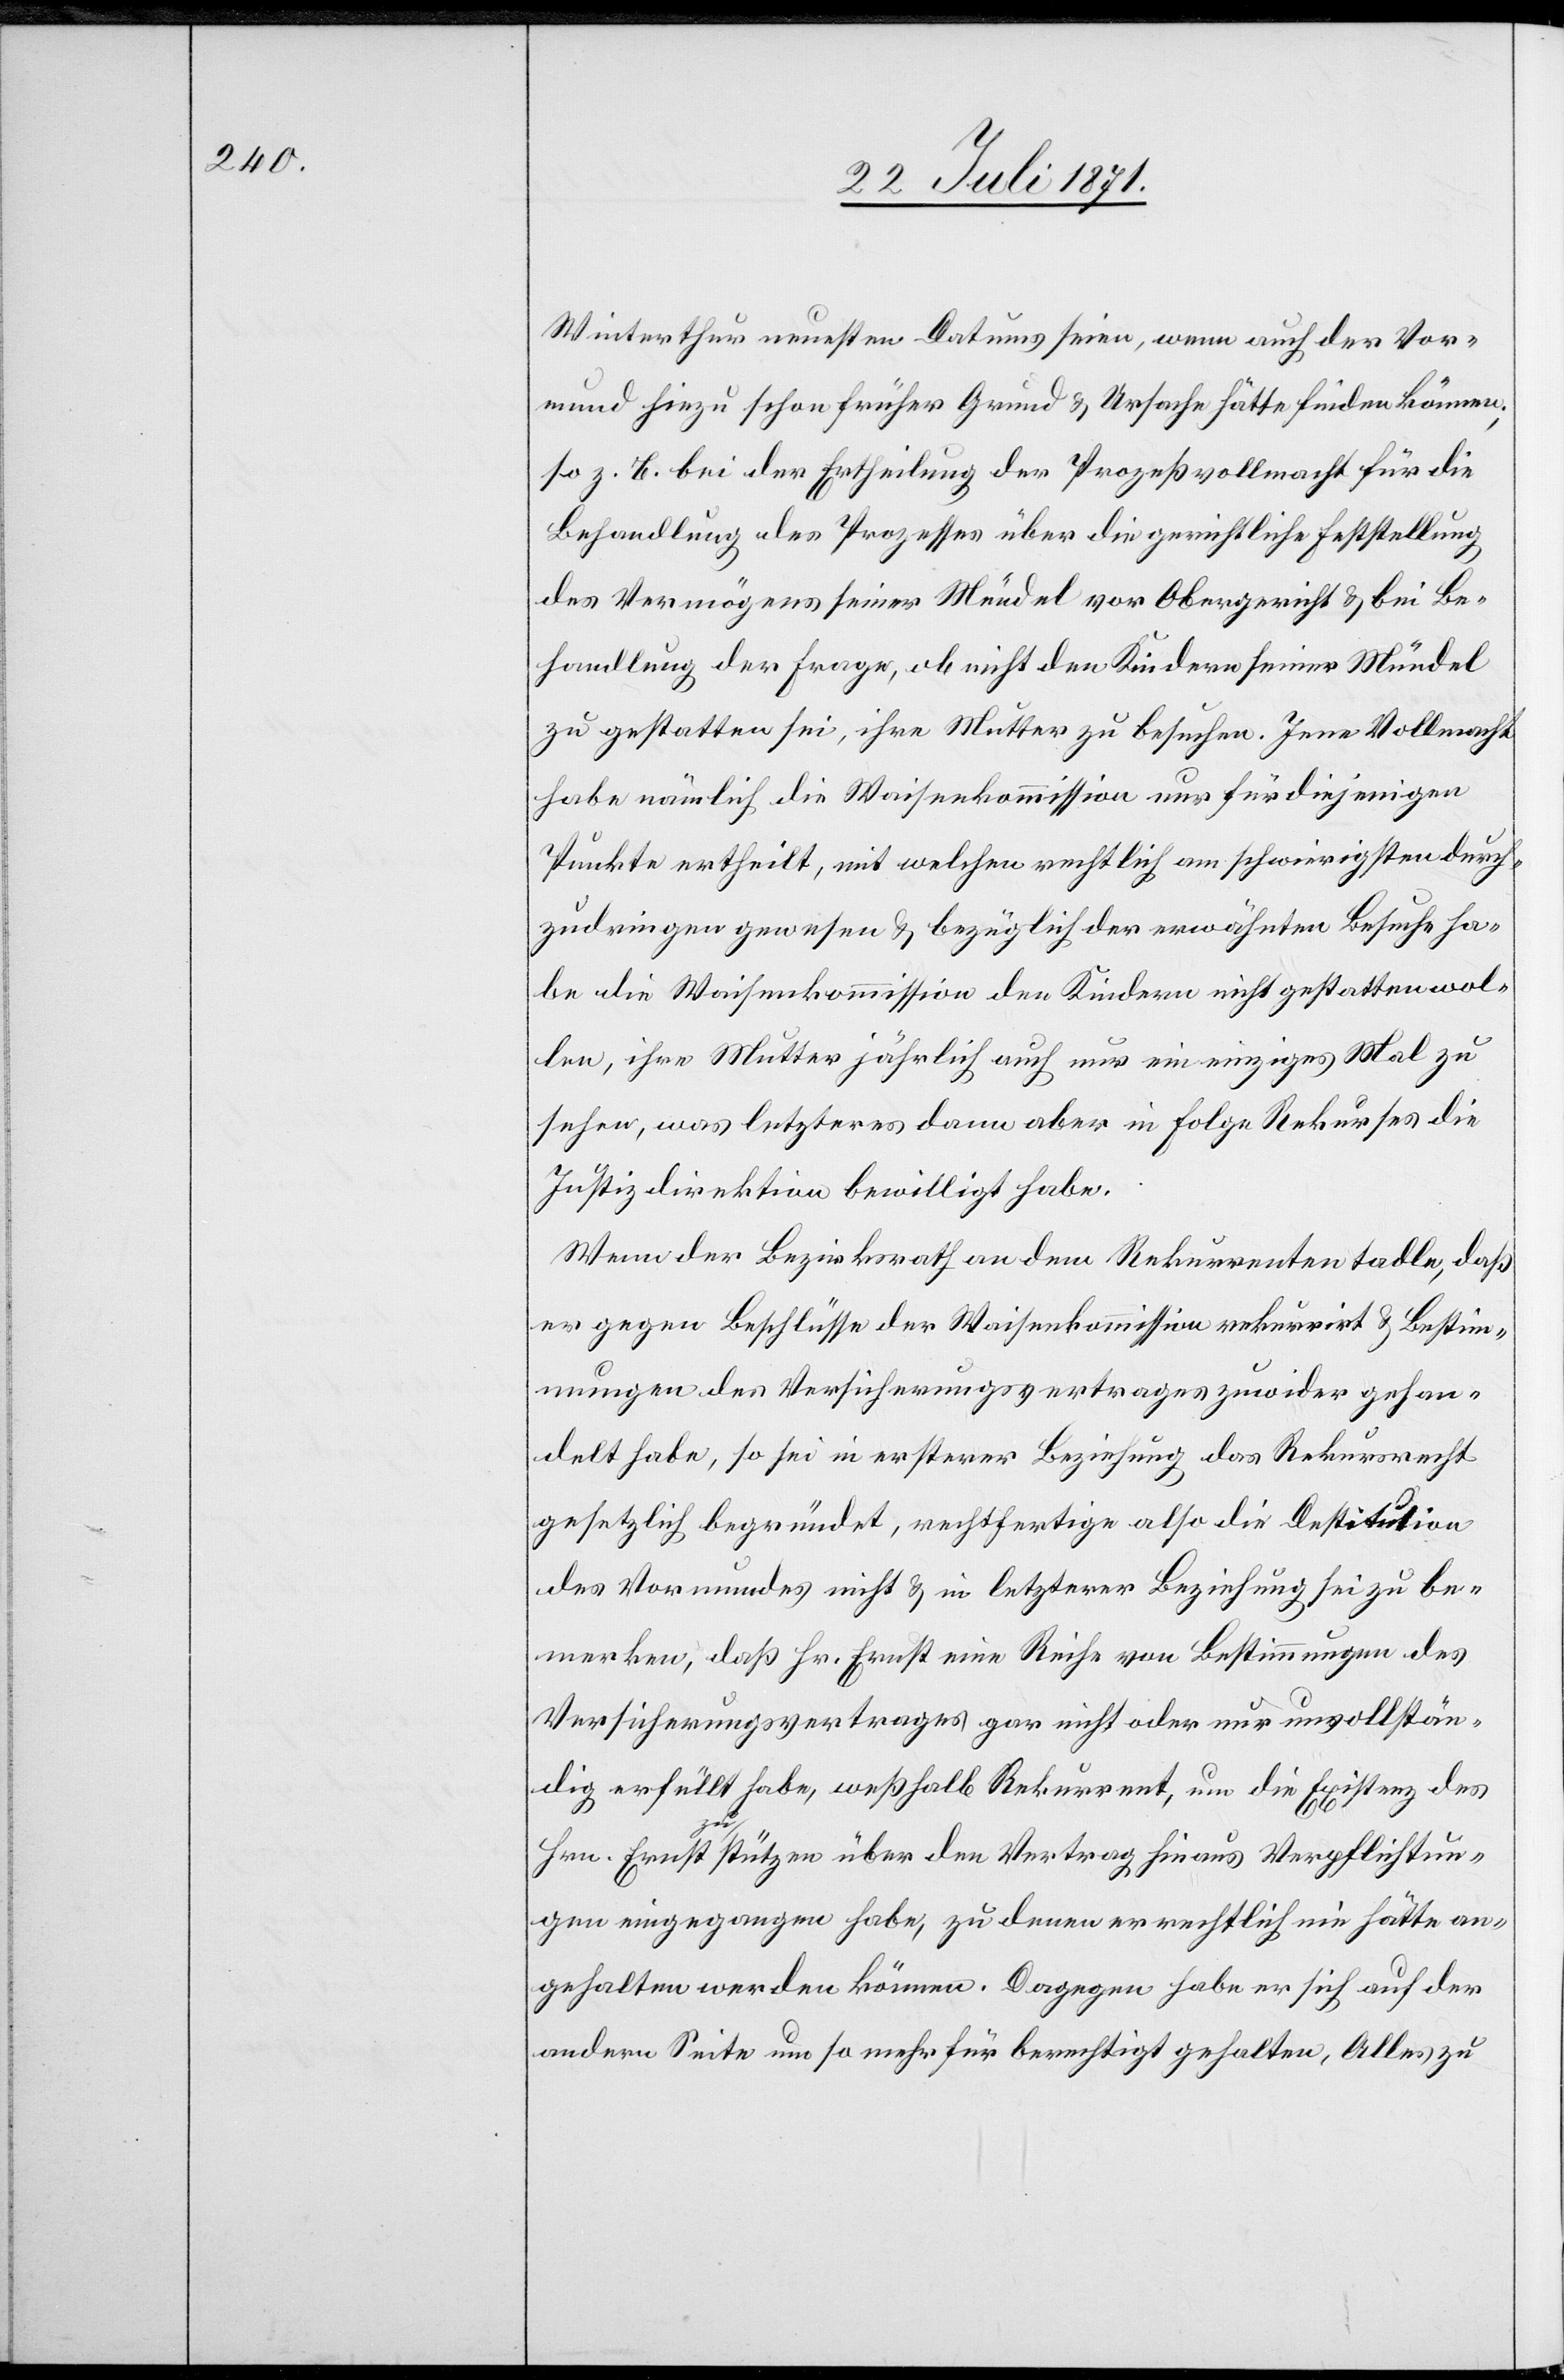
Winterthur neuesten Datums seien, wenn auch der Vor¬
mund hiezu schon früher Grund u. Ursache hätte finden können;
so z. B. bei der Ertheilung der Prozeßvollmacht für die
Behandlung des Prozesses über die gerichtliche Feststellung
des Vermögens seiner Mündel vor Obergericht u. bei Be¬
handlung der Frage, ob nicht den Kindern seiner Mündel
zu gestatten sei, ihre Mutter zu besuchen. Jene Vollmacht
habe nämlich die Waisenkommission nur für diejenigen
Punkte ertheilt, mit welchen rechtlich am schwierigsten durch¬
zudringen gewesen u. bezüglich der erwähnten Besuche ha¬
be die Waisenkommission den Kindern nicht gestatten wol¬
len, ihre Mutter jährlich auch nur ein einziges Mal zu
sehen, was letzteres dann aber in Folge Rekurses die
Justizdirektion bewilligt habe.
Wenn der Bezirksrath an dem Rekurrenten tadle, daß
er gegen Beschlüsse der Waisenkommission rekurrirt u. Bestim¬
mungen des Versicherungsvertrages zuwider gehan¬
delt habe, so sei in ersterer Beziehung das Rekursrecht
gesetzlich begründet, rechtfertige also die Destitution
des Vormundes nicht u. in letzerer Beziehung sei zu be¬
merken, daß Hr. Ernst eine Reihe von Bestimmungen des
Versicherungsvertrages gar nicht oder nur unvollstän¬
dig erfüllt habe, weßhalb Rekurrent, um die Existenz der
Hrn. Ernst zu stützen über den Vertrag hinaus Verpflichtun¬
gen eingegangen habe, zu denen er rechtlich nie hätte an¬
gehalten werden können. Dagegen habe er sich auf der
andern Seite um so mehr für berechtigt gehalten, Alles zu